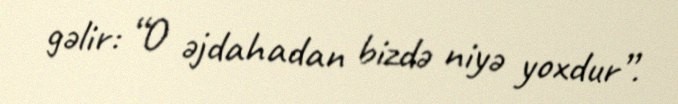
gəlir: “O əjdahadan bizdə niyə yoxdur”.